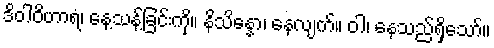
ဒိဝါဝိဟာရံ၊ နေ့သန့်ခြင်းကို။ နိသိန္နော၊ နေလျက်။ ဝါ၊ နေသည်ရှိသော်။